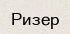
Ризер